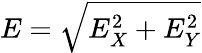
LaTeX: E=\sqrt{E_{X}^{2}+E_{Y}^{2}}